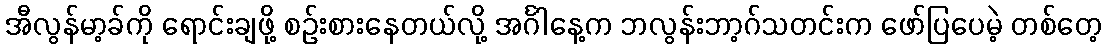
အီလွန်မာ့ခ်ကို ရောင်းချဖို့ စဉ်းစားနေတယ်လို့ အင်္ဂါနေ့က ဘလွန်းဘာ့ဂ်သတင်းက ဖော်ပြပေမဲ့ တစ်တေ့